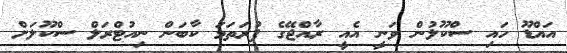
އައްޑޫ ހައި ސްކޫލުން ވަނީ އެއީ ރާއްޖޭގެ ފުރަތަމަ ކާބަން ނިއުޓްރަލް ސްކޫލަށް